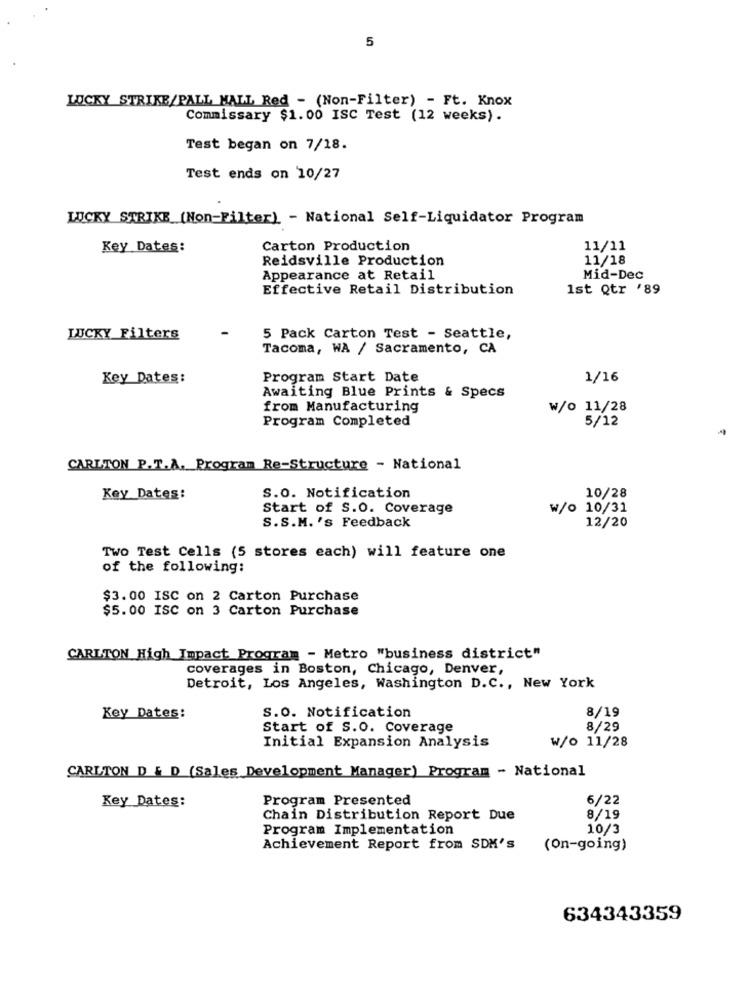
5
LUCKY STRIKE/PALL MALL Red - (Non-Filter) - Ft. Knox
Commissary $1.00 ISC Test (12 weeks).
Test began on 7/18.
Test ends on 10/27
LUCKY STRIKE (Non-Filter) - National Self-Liquidator Program
Key Dates:
Carton Production
11/11
Reidsville Production
11/18
Appearance at Retail
Mid-Dec
Effective Retail Distribution
1st Qtr '89
LUCKY Filters
5 Pack Carton Test - Seattle,
Tacoma, WA / Sacramento, CA
Key Dates:
Program Start Date
1/16
Awaiting Blue Prints & Specs
from Manufacturing
W/o 11/28
Program Completed
5/12
CARLTON P.T.A. Program Re-Structure - National
Key Dates:
S.O. Notification
10/28
Start of S.O. Coverage
W/o 10/31
S.S.M. 's Feedback
12/20
Two Test Cells (5 stores each) will feature one
of the following:
$3.00 ISC on 2 Carton Purchase
$5.00 ISC on 3 Carton Purchase
CARLTON High Impact Program - Metro "business district"
coverages in Boston, Chicago, Denver,
Detroit, Los Angeles, Washington D.C ., New York
S.O. Notification
8/19
Key Dates:
Start of S.O. Coverage
8/29
Initial Expansion Analysis
w/o 11/28
CARLTON D & D (Sales Development Manager) Program - National
Key Dates:
Program Presented
6/22
Chain Distribution Report Due
8/19
Program Implementation
10/3
Achievement Report from SDM's
(On-going)
634343359